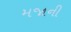
મજાની